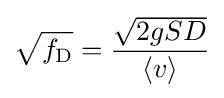
{\sqrt {f_{\mathrm {D} }}}={\frac {\sqrt {2gSD}}{\langle v\rangle }}